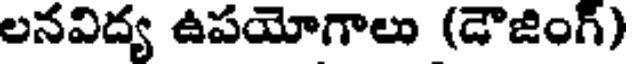
లనవిద్య ఉపయోగాలు (డౌజింగ్)